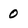
Character: 0